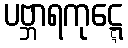
ပဗ္ဘာရကုဋ္ဋေ